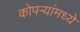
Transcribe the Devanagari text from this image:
कोपऱ्यांमध्ये